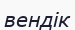
вендік